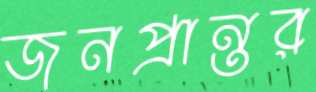
জনপ্রান্তর